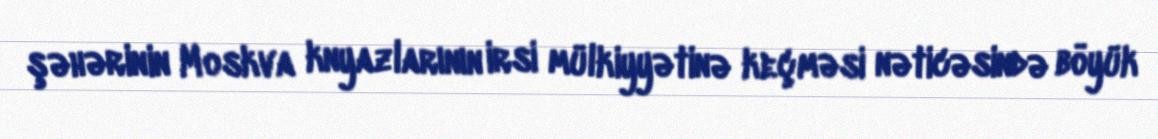
şəhərinin Moskva knyazlarının irsi mülkiyyətinə keçməsi nəticəsində böyük